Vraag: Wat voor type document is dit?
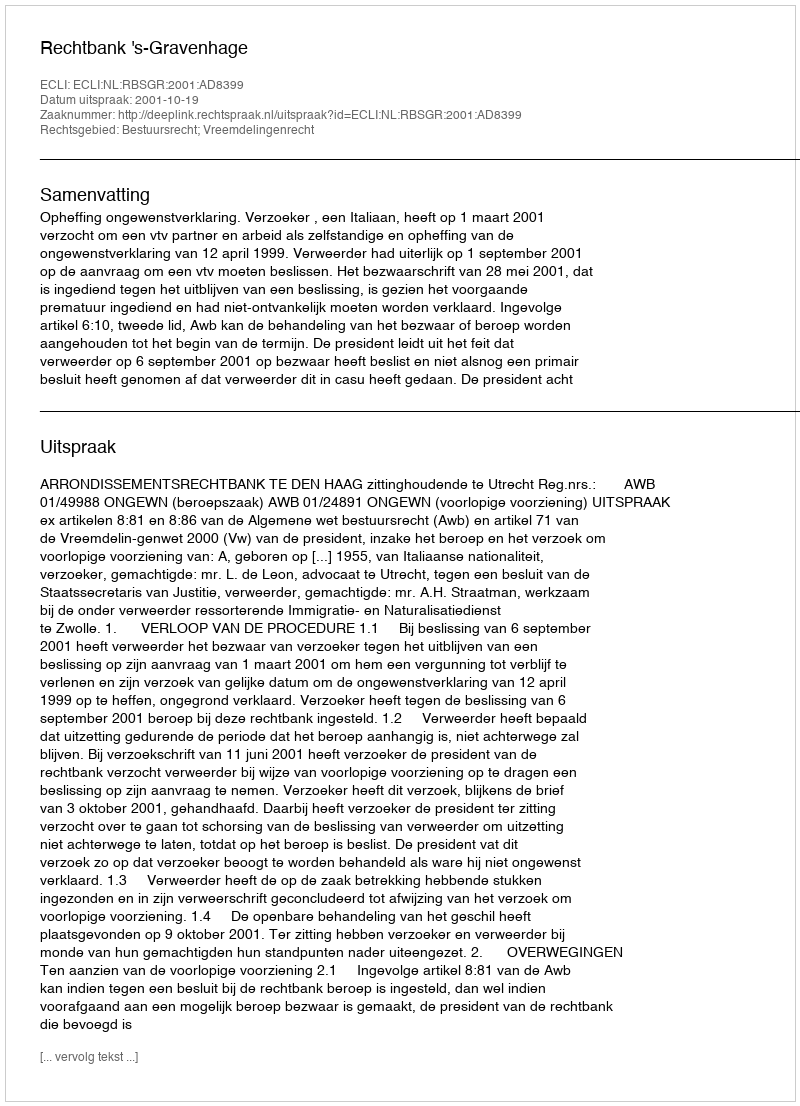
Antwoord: Uitspraak